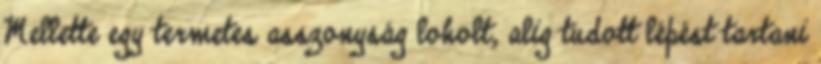
Mellette egy termetes asszonyság loholt, alig tudott lépést tartani